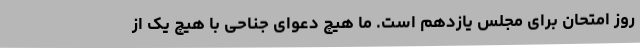
روز امتحان برای مجلس یازدهم است. ما هیچ دعوای جناحی با هیچ یک از